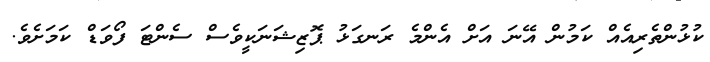
ކުޅުންތެރިއެއް ކަމުން އޭނަ އަށް އެންމެ ރަނގަޅު ޕޮޒިޝަނަކީވެސް ސެންޓަ ފޯވަޑް ކަމަށެވެ.